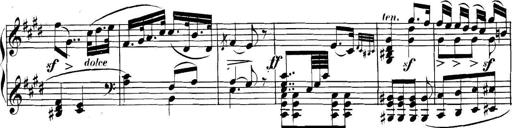
Title: Collected Piano Sonatas
Composer: Muzio Clementi